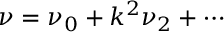
\nu = \nu _ { 0 } + k ^ { 2 } \nu _ { 2 } + \cdots